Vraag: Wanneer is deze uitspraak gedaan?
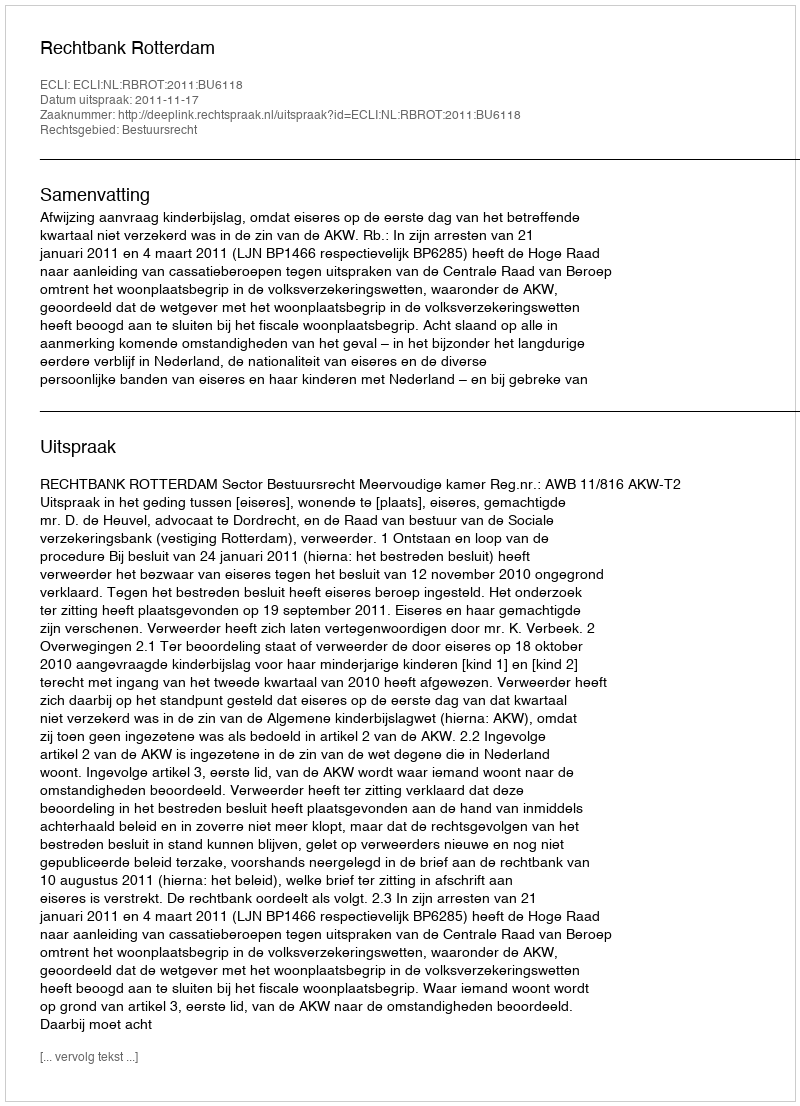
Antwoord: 2011-11-17